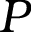
P